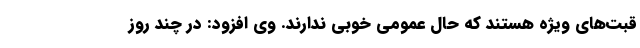
قبت‌های ویژه هستند که حال عمومی خوبی ندارند. وی افزود: در چند روز